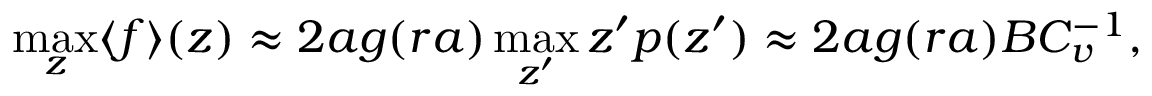
\operatorname* { m a x } _ { z } \langle f \rangle ( z ) \approx 2 a g ( r a ) \operatorname* { m a x } _ { z ^ { \prime } } z ^ { \prime } p ( z ^ { \prime } ) \approx 2 a g ( r a ) B C _ { v } ^ { - 1 } ,